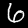
Digit: 6